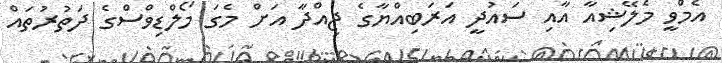
އެމްވީ މެލޭޝިއާ އާއި ސައުދީ އަރަބިއްޔާގެ ޖިއްދާ އަށް މެގަ މޯލްޑިވްސްގެ ދަތުރުތައް